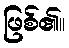
ဖြစ်၏။